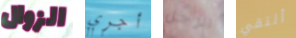
الزوال أجري الرجل ألتقي